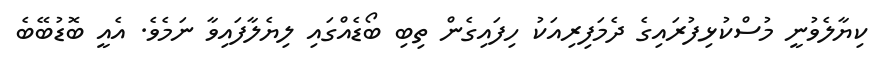
ކިޔާލެވުނީ މުސްކުޅިފުރައިގެ ދެމަފިރިއަކު ހިފައިގެން ތިބި ބޯޑެއްގައި ލިޔެލާފައިވާ ނަމެވެ. އެއީ ބޮޑުބޭބެ